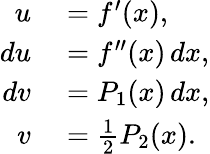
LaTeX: \begin{array}{rl}{u}&{{}=f^{\prime}(x),}\\ {du}&{{}=f^{\prime\prime}(x)\, dx,}\\ {dv}&{{}=P_{1}(x)\, dx,}\\ {v}&{{}={\frac{1}{2}}P_{2}(x).}\end{array}